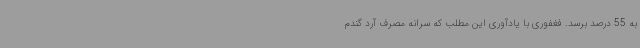
به 55 درصد برسد. فغفوری با یادآوری این مطلب که سرانه مصرف آرد گندم